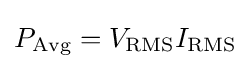
P_{\text{Avg}}=V_{\text{RMS}}I_{\text{RMS}}